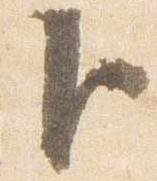
臣